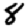
Digit: 8